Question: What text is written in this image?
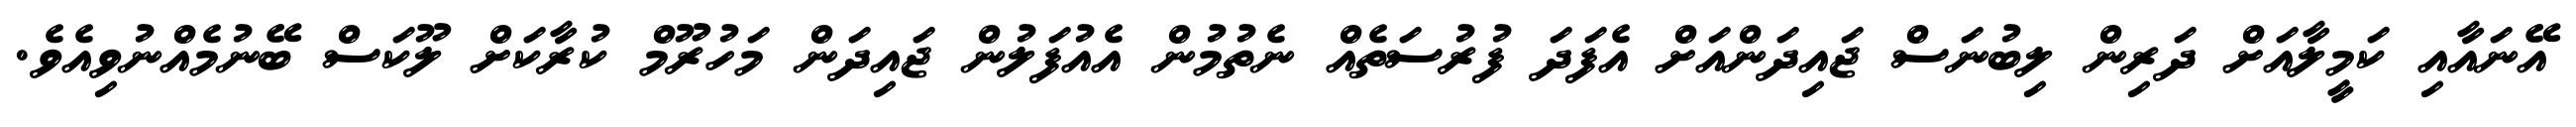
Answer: އޭނައާއި ކަމީލާއަށް ދަރިން ލިބުނަސް ޖައިދަންއަށް އެފަދަ ފުރުސަތެއް ނެތުމުން އެއުފަލުން ޖައިދަން މަހުރޫމް ކުރާކަށް ލޫކަސް ބޭނުމެއްނުވިއެވެ.